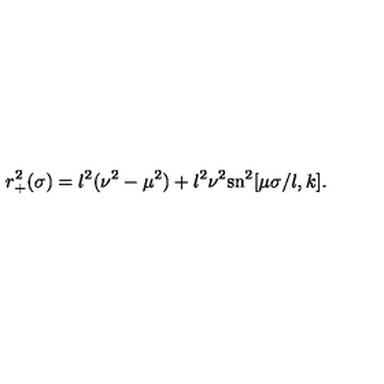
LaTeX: r _ { + } ^ { 2 } ( \sigma ) = l ^ { 2 } ( \nu ^ { 2 } - \mu ^ { 2 } ) + l ^ { 2 } \nu ^ { 2 } \mathrm { s n } ^ { 2 } [ \mu \sigma / l , k ] .